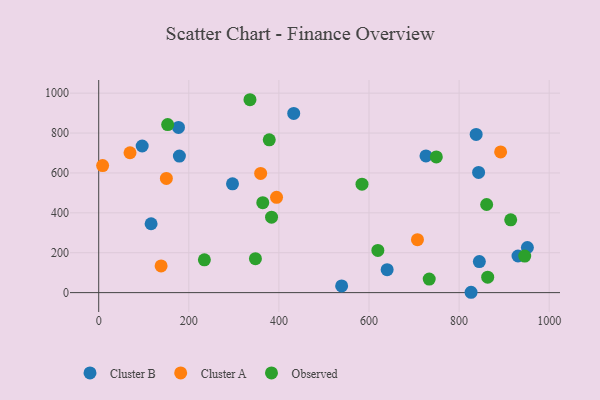
{"axis": {"x": "Experience", "y": "Exam Score"}, "legend": ["Cluster A", "Cluster B", "Observed"], "data": [{"x": "179.1", "y": 684.4, "type": "Cluster B"}, {"x": "930.8", "y": 183.5, "type": "Cluster B"}, {"x": "951.6", "y": 226.3, "type": "Cluster B"}, {"x": "726.5", "y": 685.1, "type": "Cluster B"}, {"x": "297.0", "y": 545.3, "type": "Cluster B"}, {"x": "177.1", "y": 828.0, "type": "Cluster B"}, {"x": "837.9", "y": 793.3, "type": "Cluster B"}, {"x": "845.0", "y": 155.7, "type": "Cluster B"}, {"x": "640.3", "y": 115.2, "type": "Cluster B"}, {"x": "843.3", "y": 602.4, "type": "Cluster B"}, {"x": "96.5", "y": 735.0, "type": "Cluster B"}, {"x": "826.6", "y": 1.7, "type": "Cluster B"}, {"x": "116.3", "y": 345.3, "type": "Cluster B"}, {"x": "539.3", "y": 33.7, "type": "Cluster B"}, {"x": "432.9", "y": 898.6, "type": "Cluster B"}, {"x": "892.2", "y": 705.2, "type": "Cluster A"}, {"x": "69.5", "y": 701.2, "type": "Cluster A"}, {"x": "150.2", "y": 572.5, "type": "Cluster A"}, {"x": "394.8", "y": 477.7, "type": "Cluster A"}, {"x": "138.5", "y": 133.8, "type": "Cluster A"}, {"x": "707.6", "y": 265.2, "type": "Cluster A"}, {"x": "359.5", "y": 597.6, "type": "Cluster A"}, {"x": "8.7", "y": 636.7, "type": "Cluster A"}, {"x": "733.7", "y": 67.8, "type": "Observed"}, {"x": "863.5", "y": 77.4, "type": "Observed"}, {"x": "749.5", "y": 680.1, "type": "Observed"}, {"x": "584.5", "y": 543.7, "type": "Observed"}, {"x": "945.7", "y": 183.1, "type": "Observed"}, {"x": "914.6", "y": 365.0, "type": "Observed"}, {"x": "378.6", "y": 766.1, "type": "Observed"}, {"x": "234.6", "y": 164.2, "type": "Observed"}, {"x": "153.1", "y": 842.4, "type": "Observed"}, {"x": "364.2", "y": 450.7, "type": "Observed"}, {"x": "383.7", "y": 378.4, "type": "Observed"}, {"x": "861.2", "y": 441.7, "type": "Observed"}, {"x": "335.8", "y": 967.1, "type": "Observed"}, {"x": "619.7", "y": 211.7, "type": "Observed"}, {"x": "347.9", "y": 170.4, "type": "Observed"}]}